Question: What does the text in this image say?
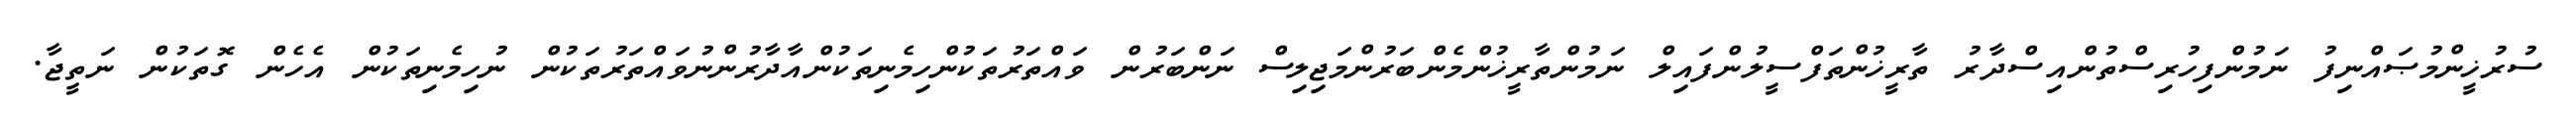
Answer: ސުރުޚީންމުޞައްނިފު ނަމުންފިހުރިސްތުންއިސްދާރު ތާރީޚުންތަފްސީލުންފައިލް ނަމުންތާރީޚުންމެންބަރުންމަޖިލިސް ނަންބަރުން ވައްތަރުތަކުންހިމެނިތަކުންއާދާރުންނުވައްތަރުތަކުން ނުހިމެނިތަކުން އެހެން ގޮތަކުން ނަތީޖާ.